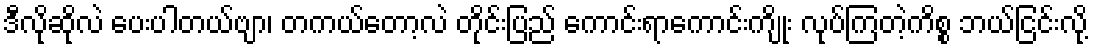
ဒီလိုဆိုလဲ ပေးပါတယ်ဗျာ၊ တကယ်တော့လဲ တိုင်းပြည် ကောင်းရာကောင်းကျိုး လုပ်ကြတဲ့ကိစ္စ ဘယ်ငြင်းလို့